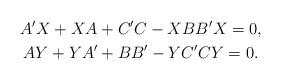
LaTeX: \begin{gather*} A'X+XA+C'C-XBB'X=0, \\ AY+YA'+BB'-YC'CY=0.\end{gather*}